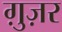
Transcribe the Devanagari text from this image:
ग़ुज़र